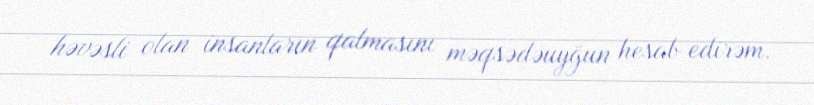
həvəsli olan insanların qalmasını məqsədəuyğun hesab edirəm.